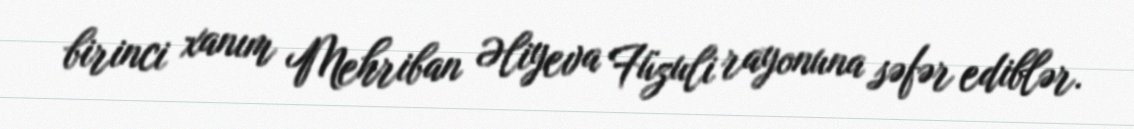
birinci xanım Mehriban Əliyeva Füzuli rayonuna səfər ediblər.